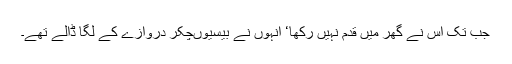
جب تک اس نے گھر میں قدم نہیں رکھا‘ انہوں نے بیسیوںچکر دروازے کے لگا ڈالے تھے۔